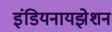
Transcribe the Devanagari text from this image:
इंडियनायझेशन